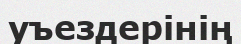
уъездерінің